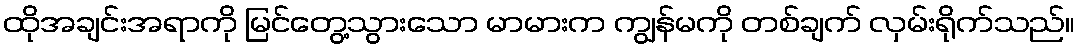
ထိုအချင်းအရာကို မြင်တွေ့သွားသော မာမားက ကျွန်မကို တစ်ချက် လှမ်းရိုက်သည်။